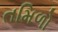
તમિળો